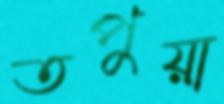
তপুয়া